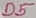
Text: D5